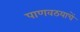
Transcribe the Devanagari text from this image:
पाणवठयाचें